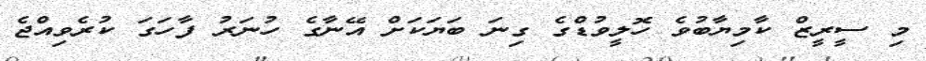
މި ސީރީޒް ކާމިޔާބުވެ ހޮލީވުޑްގެ ގިނަ ބަޔަކަށް އޭނާގެ ހުނަރު ފާހަގަ ކުރެވިއްޖެ